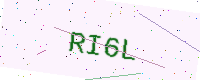
Text: RI6L